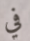
في